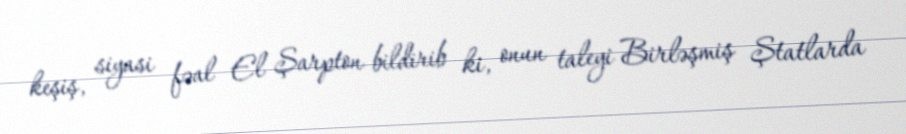
keşiş, siyasi fəal El Şarpton bildirib ki, onun taleyi Birləşmiş Ştatlarda